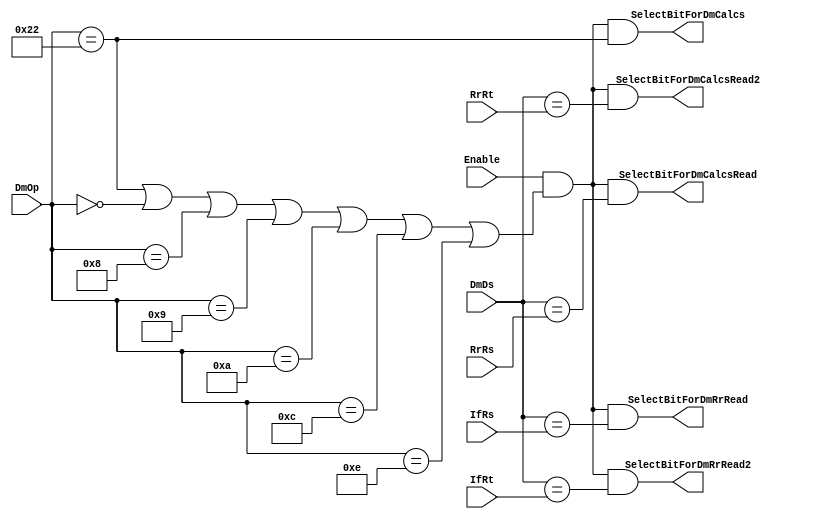
module DataForwardingUnit(Enable, DmOp, DmDs, IfRs, IfRt, RrRs, RrRt,
    SelectBitForDmCalcs,
    SelectBitForDmRrRead,
    SelectBitForDmRrRead2,
    SelectBitForDmCalcsRead,
    SelectBitForDmCalcsRead2);

    input Enable;
    input [5 : 0] DmOp;
    input [4 : 0] DmDs;
    input [4 : 0] IfRs, IfRt, RrRs, RrRt;
    output SelectBitForDmCalcs,
           SelectBitForDmRrRead,
           SelectBitForDmRrRead2,
           SelectBitForDmCalcsRead,
           SelectBitForDmCalcsRead2;

    wire ifItsForDataHazard;
    assign ifItsForDataHazard = DmOp == 34 | DmOp == 0 | DmOp == 8 | DmOp == 9 | DmOp == 10 | DmOp == 12 | DmOp == 14;

    assign SelectBitForDmCalcs = Enable & ifItsForDataHazard & (DmOp == 34);
    assign SelectBitForDmRrRead = Enable & ifItsForDataHazard & (DmDs == IfRs);
    assign SelectBitForDmRrRead2 = Enable & ifItsForDataHazard & (DmDs == IfRt);
    assign SelectBitForDmCalcsRead = Enable & ifItsForDataHazard & (DmDs == RrRs);
    assign SelectBitForDmCalcsRead2 = Enable & ifItsForDataHazard & (DmDs == RrRt);
endmodule